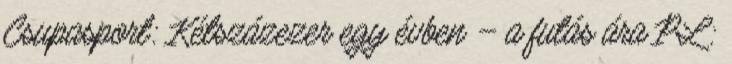
Csupasport: Kétszázezer egy évben – a futás ára PL: